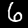
Digit: 6